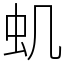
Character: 虮